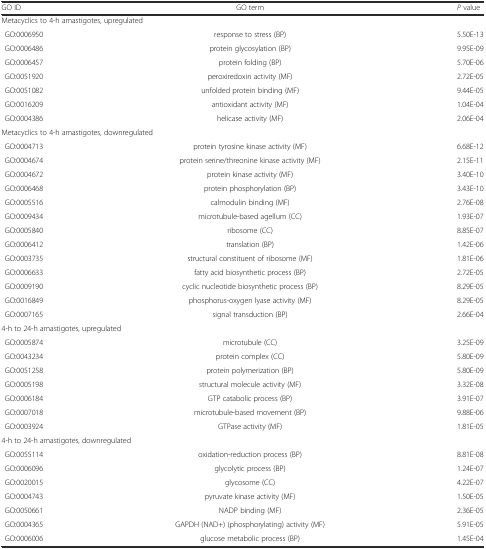
<table><thead><tr><td><b>GO ID</b></td><td><b>GO term</b></td><td><b><i>P</i> value</b></td></tr></thead><tbody><tr><td colspan="3">Metacyclics to 4-h amastigotes, upregulated</td></tr><tr><td>GO:0006950</td><td>response to stress (BP)</td><td>5.50E-13</td></tr><tr><td>GO:0006486</td><td>protein glycosylation (BP)</td><td>9.95E-09</td></tr><tr><td>GO:0006457</td><td>protein folding (BP)</td><td>5.70E-06</td></tr><tr><td>GO:0051920</td><td>peroxiredoxin activity (MF)</td><td>2.72E-05</td></tr><tr><td>GO:0051082</td><td>unfolded protein binding (MF)</td><td>9.44E-05</td></tr><tr><td>GO:0016209</td><td>antioxidant activity (MF)</td><td>1.04E-04</td></tr><tr><td>GO:0004386</td><td>helicase activity (MF)</td><td>2.06E-04</td></tr><tr><td colspan="3">Metacyclics to 4-h amastigotes, downregulated</td></tr><tr><td>GO:0004713</td><td>protein tyrosine kinase activity (MF)</td><td>6.68E-12</td></tr><tr><td>GO:0004674</td><td>protein serine/threonine kinase activity (MF)</td><td>2.15E-11</td></tr><tr><td>GO:0004672</td><td>protein kinase activity (MF)</td><td>3.40E-10</td></tr><tr><td>GO:0006468</td><td>protein phosphorylation (BP)</td><td>3.43E-10</td></tr><tr><td>GO:0005516</td><td>calmodulin binding (MF)</td><td>2.76E-08</td></tr><tr><td>GO:0009434</td><td>microtubule-based agellum (CC)</td><td>1.93E-07</td></tr><tr><td>GO:0005840</td><td>ribosome (CC)</td><td>8.85E-07</td></tr><tr><td>GO:0006412</td><td>translation (BP)</td><td>1.42E-06</td></tr><tr><td>GO:0003735</td><td>structural constituent of ribosome (MF)</td><td>1.81E-06</td></tr><tr><td>GO:0006633</td><td>fatty acid biosynthetic process (BP)</td><td>2.72E-05</td></tr><tr><td>GO:0009190</td><td>cyclic nucleotide biosynthetic process (BP)</td><td>8.29E-05</td></tr><tr><td>GO:0016849</td><td>phosphorus-oxygen lyase activity (MF)</td><td>8.29E-05</td></tr><tr><td>GO:0007165</td><td>signal transduction (BP)</td><td>2.66E-04</td></tr><tr><td colspan="3">4-h to 24-h amastigotes, upregulated</td></tr><tr><td>GO:0005874</td><td>microtubule (CC)</td><td>3.25E-09</td></tr><tr><td>GO:0043234</td><td>protein complex (CC)</td><td>5.80E-09</td></tr><tr><td>GO:0051258</td><td>protein polymerization (BP)</td><td>5.80E-09</td></tr><tr><td>GO:0005198</td><td>structural molecule activity (MF)</td><td>3.32E-08</td></tr><tr><td>GO:0006184</td><td>GTP catabolic process (BP)</td><td>3.91E-07</td></tr><tr><td>GO:0007018</td><td>microtubule-based movement (BP)</td><td>9.88E-06</td></tr><tr><td>GO:0003924</td><td>GTPase activity (MF)</td><td>1.81E-05</td></tr><tr><td colspan="3">4-h to 24-h amastigotes, downregulated</td></tr><tr><td>GO:0055114</td><td>oxidation-reduction process (BP)</td><td>8.81E-08</td></tr><tr><td>GO:0006096</td><td>glycolytic process (BP)</td><td>1.24E-07</td></tr><tr><td>GO:0020015</td><td>glycosome (CC)</td><td>4.22E-07</td></tr><tr><td>GO:0004743</td><td>pyruvate kinase activity (MF)</td><td>1.50E-05</td></tr><tr><td>GO:0050661</td><td>NADP binding (MF)</td><td>2.36E-05</td></tr><tr><td>GO:0004365</td><td>GAPDH (NAD+) (phosphorylating) activity (MF)</td><td>5.91E-05</td></tr><tr><td>GO:0006006</td><td>glucose metabolic process (BP)</td><td>1.45E-04</td></tr></tbody></table>